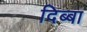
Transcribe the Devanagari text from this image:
दिब्बा